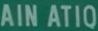
AINATIQ